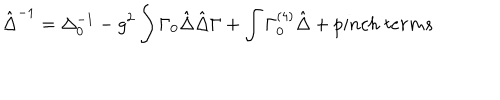
LaTeX: \hat { \Delta } ^ { - 1 } = \Delta _ { 0 } ^ { - 1 } - g ^ { 2 } \int \Gamma _ { 0 } \hat { \Delta } \hat { \Delta } \Gamma + \int \Gamma _ { 0 } ^ { ( 4 ) } \hat { \Delta } + p i n c h \; t e r m s